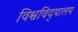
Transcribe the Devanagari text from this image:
विश्वविद्‌यालय